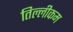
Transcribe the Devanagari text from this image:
तिल्लीकम